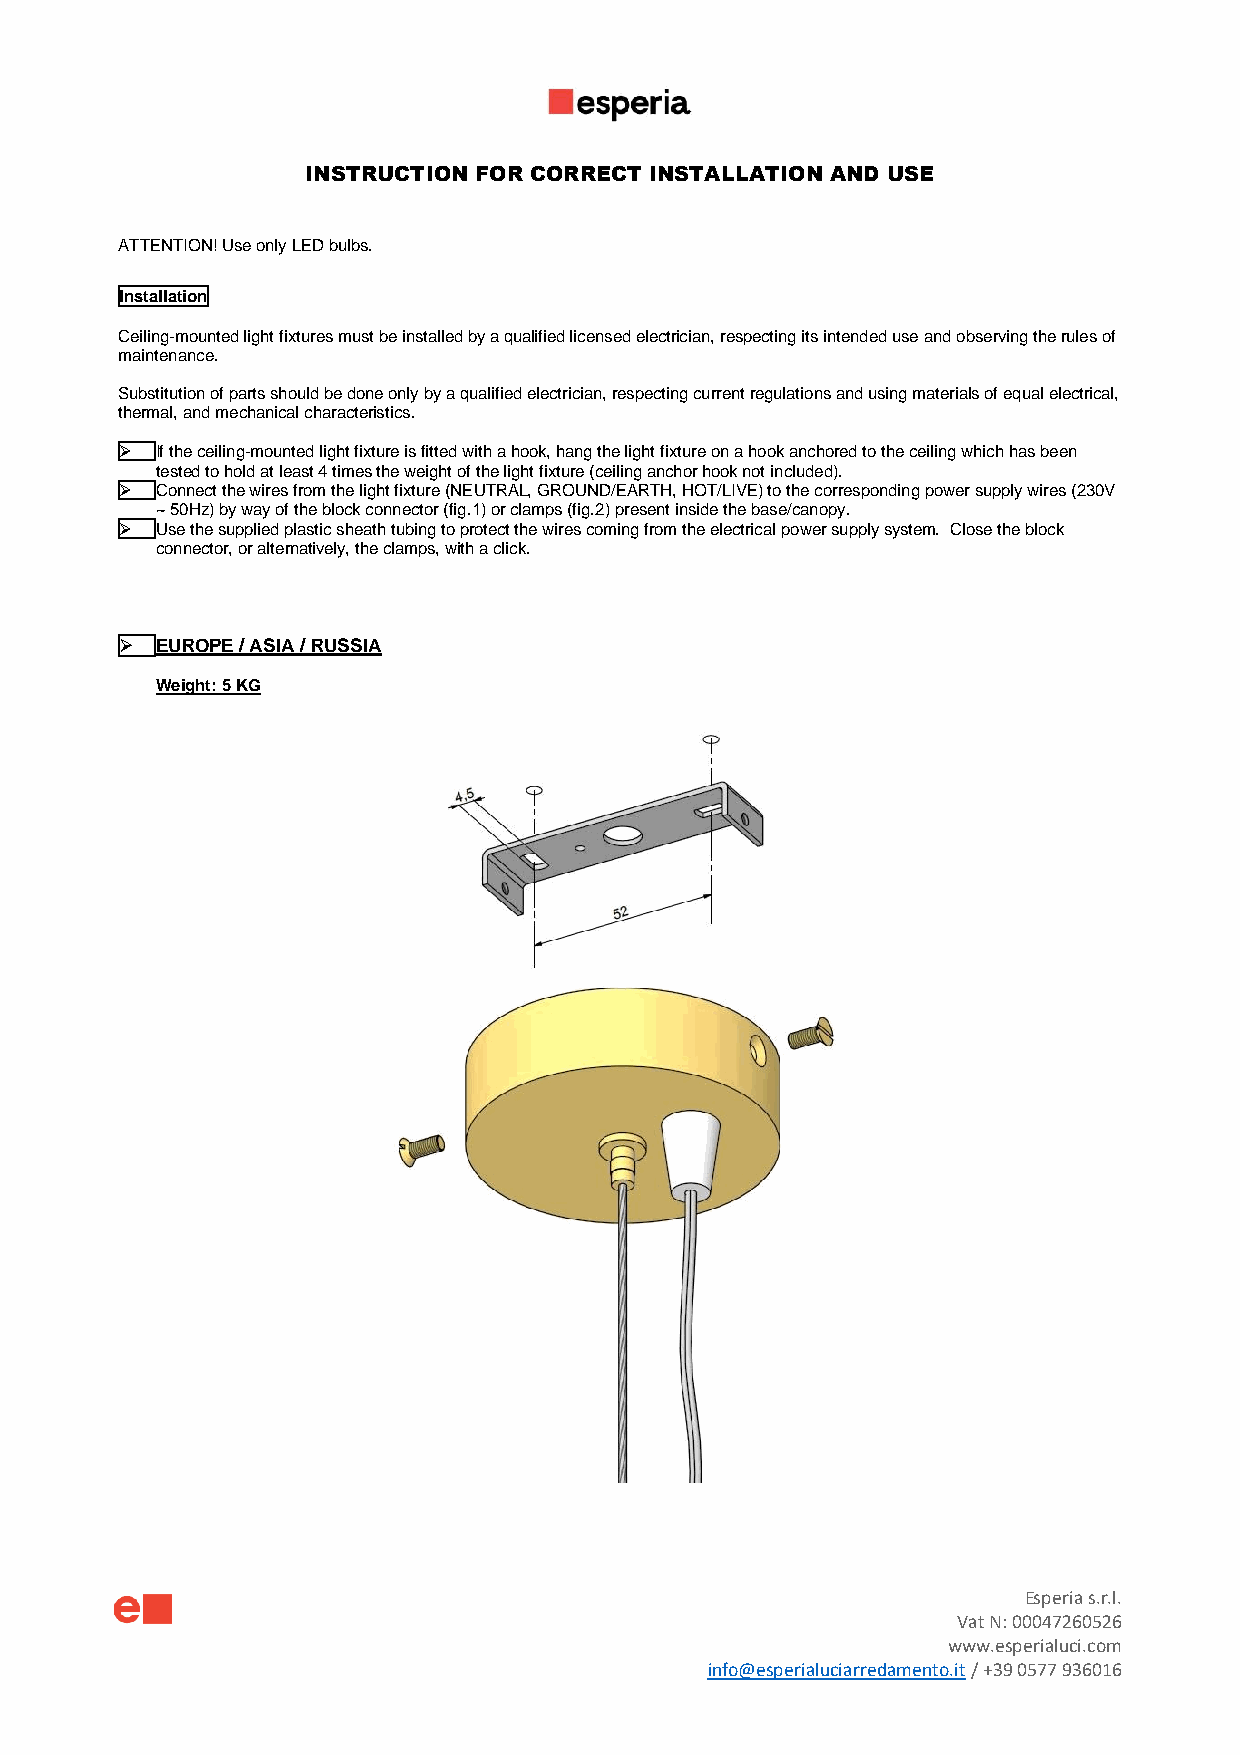
INSTRUCTION FOR CORRECT INSTALLATION AND USE
 ATTENTION! Use only LED bulbs.
 Installation
 Ceiling-mounted light fixtures must be installed by a qualified licensed electrician, respecting its intended use and observing the rules of
 maintenance.
 Substitution of parts should be done only by a qualified electrician, respecting current regulations and using materials of equal electrical,
 thermal, and mechanical characteristics.
 ➢ If the ceiling-mounted light fixture is fitted with a hook, hang the light fixture on a hook anchored to the ceiling which has been
 tested to hold at least 4 times the weight of the light fixture (ceiling anchor hook not included).
 ➢ Connect the wires from the light fixture (NEUTRAL, GROUND/EARTH, HOT/LIVE) to the corresponding power supply wires (230V
 ~ 50Hz) by way of the block connector (fig.1) or clamps (fig.2) present inside the base/canopy.
 ➢ Use the supplied plastic sheath tubing to protect the wires coming from the electrical power supply system. Close the block
 connector, or alternatively, the clamps, with a click.
 ➢ EUROPE / ASIA / RUSSIA
 Weight: 5 KG
 Esperia s.r.l.
 Vat N: 00047260526
 www.esperialuci.com
 info@esperialuciarredamento.it / +39 0577 936016